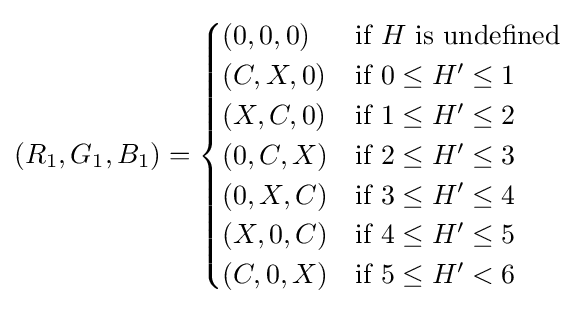
(R_{1},G_{1},B_{1})={\begin{cases}(0,0,0)&{\text{if }}H{\text{ is undefined}}\\(C,X,0)&{\text{if }}0\leq H^{\prime }\leq 1\\(X,C,0)&{\text{if }}1\leq H^{\prime }\leq 2\\(0,C,X)&{\text{if }}2\leq H^{\prime }\leq 3\\(0,X,C)&{\text{if }}3\leq H^{\prime }\leq 4\\(X,0,C)&{\text{if }}4\leq H^{\prime }\leq 5\\(C,0,X)&{\text{if }}5\leq H^{\prime }<6\end{cases}}